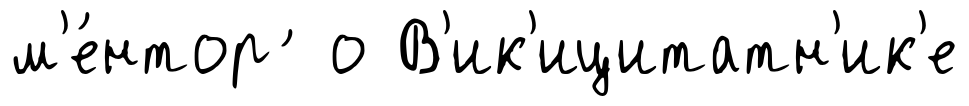
м'е́нтор ́ о В'ик'ицитатн'ик'е